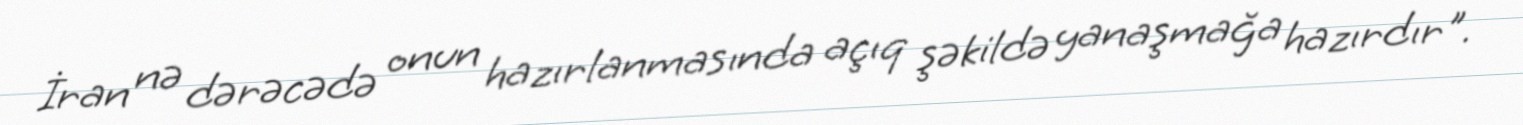
İran nə dərəcədə onun hazırlanmasında açıq şəkildə yanaşmağa hazırdır".